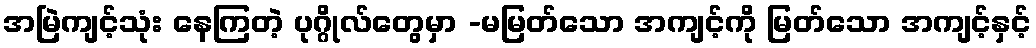
အမြဲကျင့်သုံး နေကြတဲ့ ပုဂ္ဂိုလ်တွေမှာ -မမြတ်သော အကျင့်ကို မြတ်သော အကျင့်နှင့်